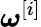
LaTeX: \boldsymbol{\omega}^{[i]}